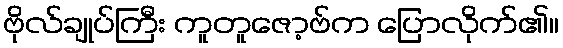
ဗိုလ်ချုပ်ကြီး ကူတူဇော့ဗ်က ပြောလိုက်၏။